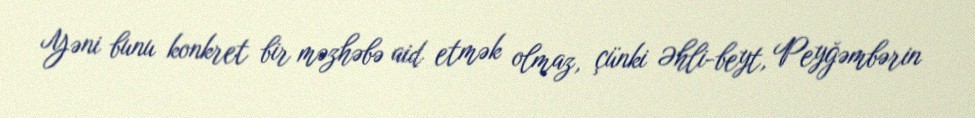
Yəni bunu konkret bir məzhəbə aid etmək olmaz, çünki Əhli-beyt, Peyğəmbərin